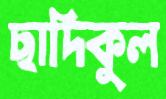
ছাদিকুল